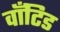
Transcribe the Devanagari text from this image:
वाँटिड